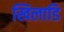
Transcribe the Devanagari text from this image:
खिलाडि